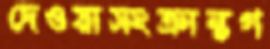
দেওয়াসংক্রান্তগ